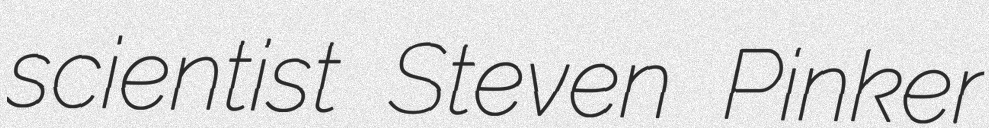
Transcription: scientist Steven Pinker